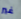
غير